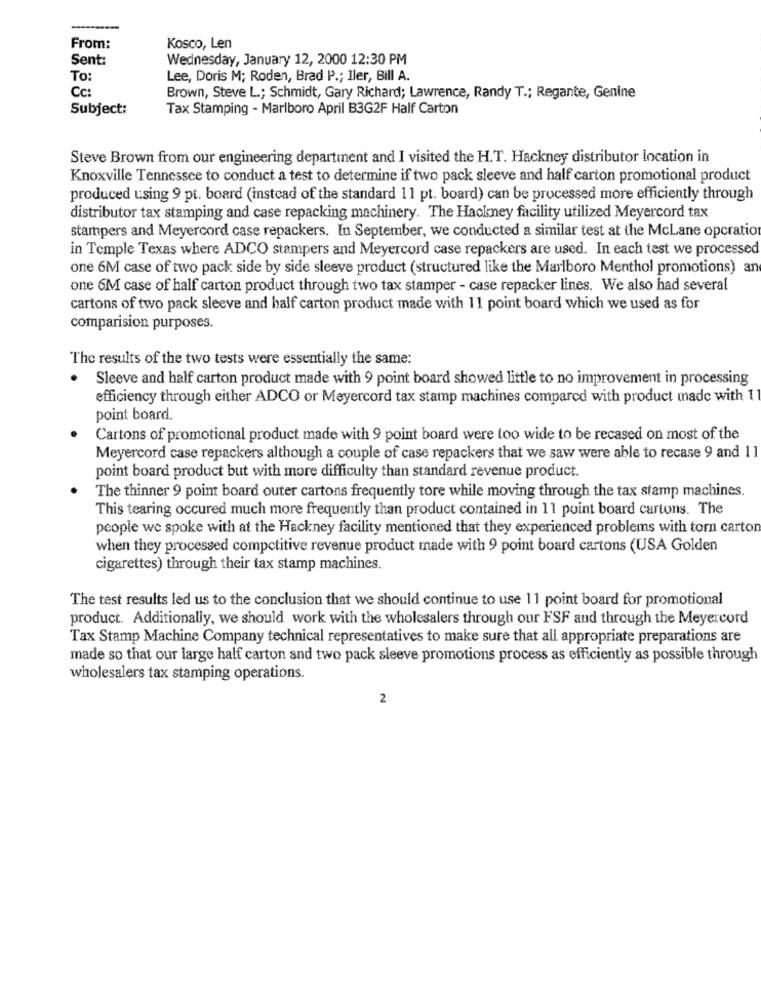
---
From:
Kosco, Len
Sent:
Wednesday, January 12, 2000 12:30 PM
To:
Lee, Doris M; Roden, Brad P .; Iler, Bill A.
Cc:
Brown, Steve L .; Schmidt, Gary Richard; Lawrence, Randy T .; Regante, Genine
Subject:
Tax Stamping - Marlboro April B3G2F Half Carton
Steve Brown from our engineering department and I visited the H.T. Hackney distributor location in
Knoxville Tennessee to conduct a test to determine if two pack sleeve and half carton promotional product
produced using 9 pt. board (instead of the standard 11 pt. board) can be processed more efficiently through
distributor tax stamping and case repacking machinery. The Hackney facility utilized Meyercord tax
stampers and Meyercord case repackers. In September, we conducted a similar test at the McLane opcration
in Temple Texas where ADCO stampers and Meyercord case repackers are used. In each test we processed
one 6M case of two pack side by side sleeve product (structured like the Marlboro Menthol promotions) an
one 6M case of half carton product through two tax stamper - case repacker lines. We also had several
cartons of two pack sleeve and half carton product made with 11 point board which we used as for
comparision purposes.
The results of the two tests were essentially the same:
Sleeve and half carton product made with 9 point board showed little to no improvement in processing
efficiency through either ADCO or Meyercord tax stamp machines compared with product made with 11
point board.
Cartons of promotional product made with 9 point board were too wide to be recased on most of the
Meyercord case repackers although a couple of case repackers that we saw were able to recase 9 and 11
point board product but with more difficulty than standard revenue product.
The thinner 9 point board outer cartons frequently tore while moving through the tax stamp machines.
This tearing occured much more frequently than product contained in 11 point board cartons. The
people we spoke with at the Hackney facility mentioned that they experienced problems with torn cartor
when they processed competitive revenue product made with 9 point board cartons (USA Golden
cigarettes) through their tax stamp machines.
The test results led us to the conclusion that we should continue to use 11 point board for promotional
product. Additionally, we should work with the wholesalers through our FSF and through the Meyercord
Tax Stamp Machine Company technical representatives to make sure that all appropriate preparations are
made so that our large half carton and two pack sleeve promotions process as efficiently as possible through
wholesalers tax stamping operations.
2